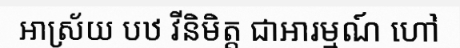
ឤស្រ័យ បឋ វីនិមិត្ត ជាឤរម្មណ៍ ហៅ